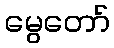
မွေတော်